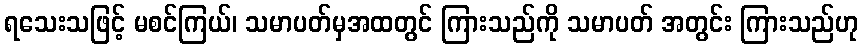
ရသေးသဖြင့် မစင်ကြယ်၊ သမာပတ်မှအထတွင် ကြားသည်ကို သမာပတ် အတွင်း ကြားသည်ဟု